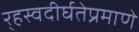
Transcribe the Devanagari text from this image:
र्‍हस्वदीर्घतेप्रमाणे